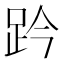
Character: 趻